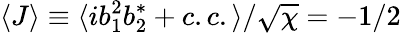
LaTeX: \langle J\rangle\equiv\langle ib_{1}^{2}b_{2}^{*}+c.c.\rangle/\sqrt{\chi}=-1/2